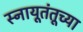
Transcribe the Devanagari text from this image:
स्नायूतंतूच्या